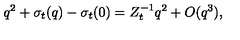
q ^ { 2 } + \sigma _ { t } ( q ) - \sigma _ { t } ( 0 ) = Z _ { t } ^ { - 1 } q ^ { 2 } + O ( q ^ { 3 } ) ,